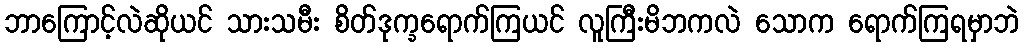
ဘာကြောင့်လဲဆိုယင် သားသမီး စိတ်ဒုက္ခရောက်ကြယင် လူကြီးမိဘကလဲ သောက ရောက်ကြရမှာဘဲ